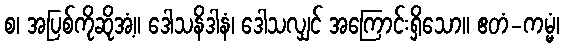
စ၊ အပြစ်ကိုဆိုအံ့။ ဒေါသနိဒါနံ၊ ဒေါသလျှင် အကြောင်းရှိသော။ ဧတံ-ကမ္မံ၊